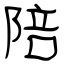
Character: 陪